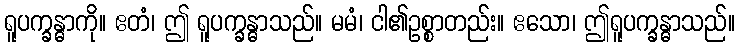
ရူပက္ခန္ဓာကို။ ဧတံ၊ ဤ ရူပက္ခန္ဓာသည်။ မမံ၊ ငါ၏ဥစ္စာတည်း။ ဧသော၊ ဤရူပက္ခန္ဓာသည်။